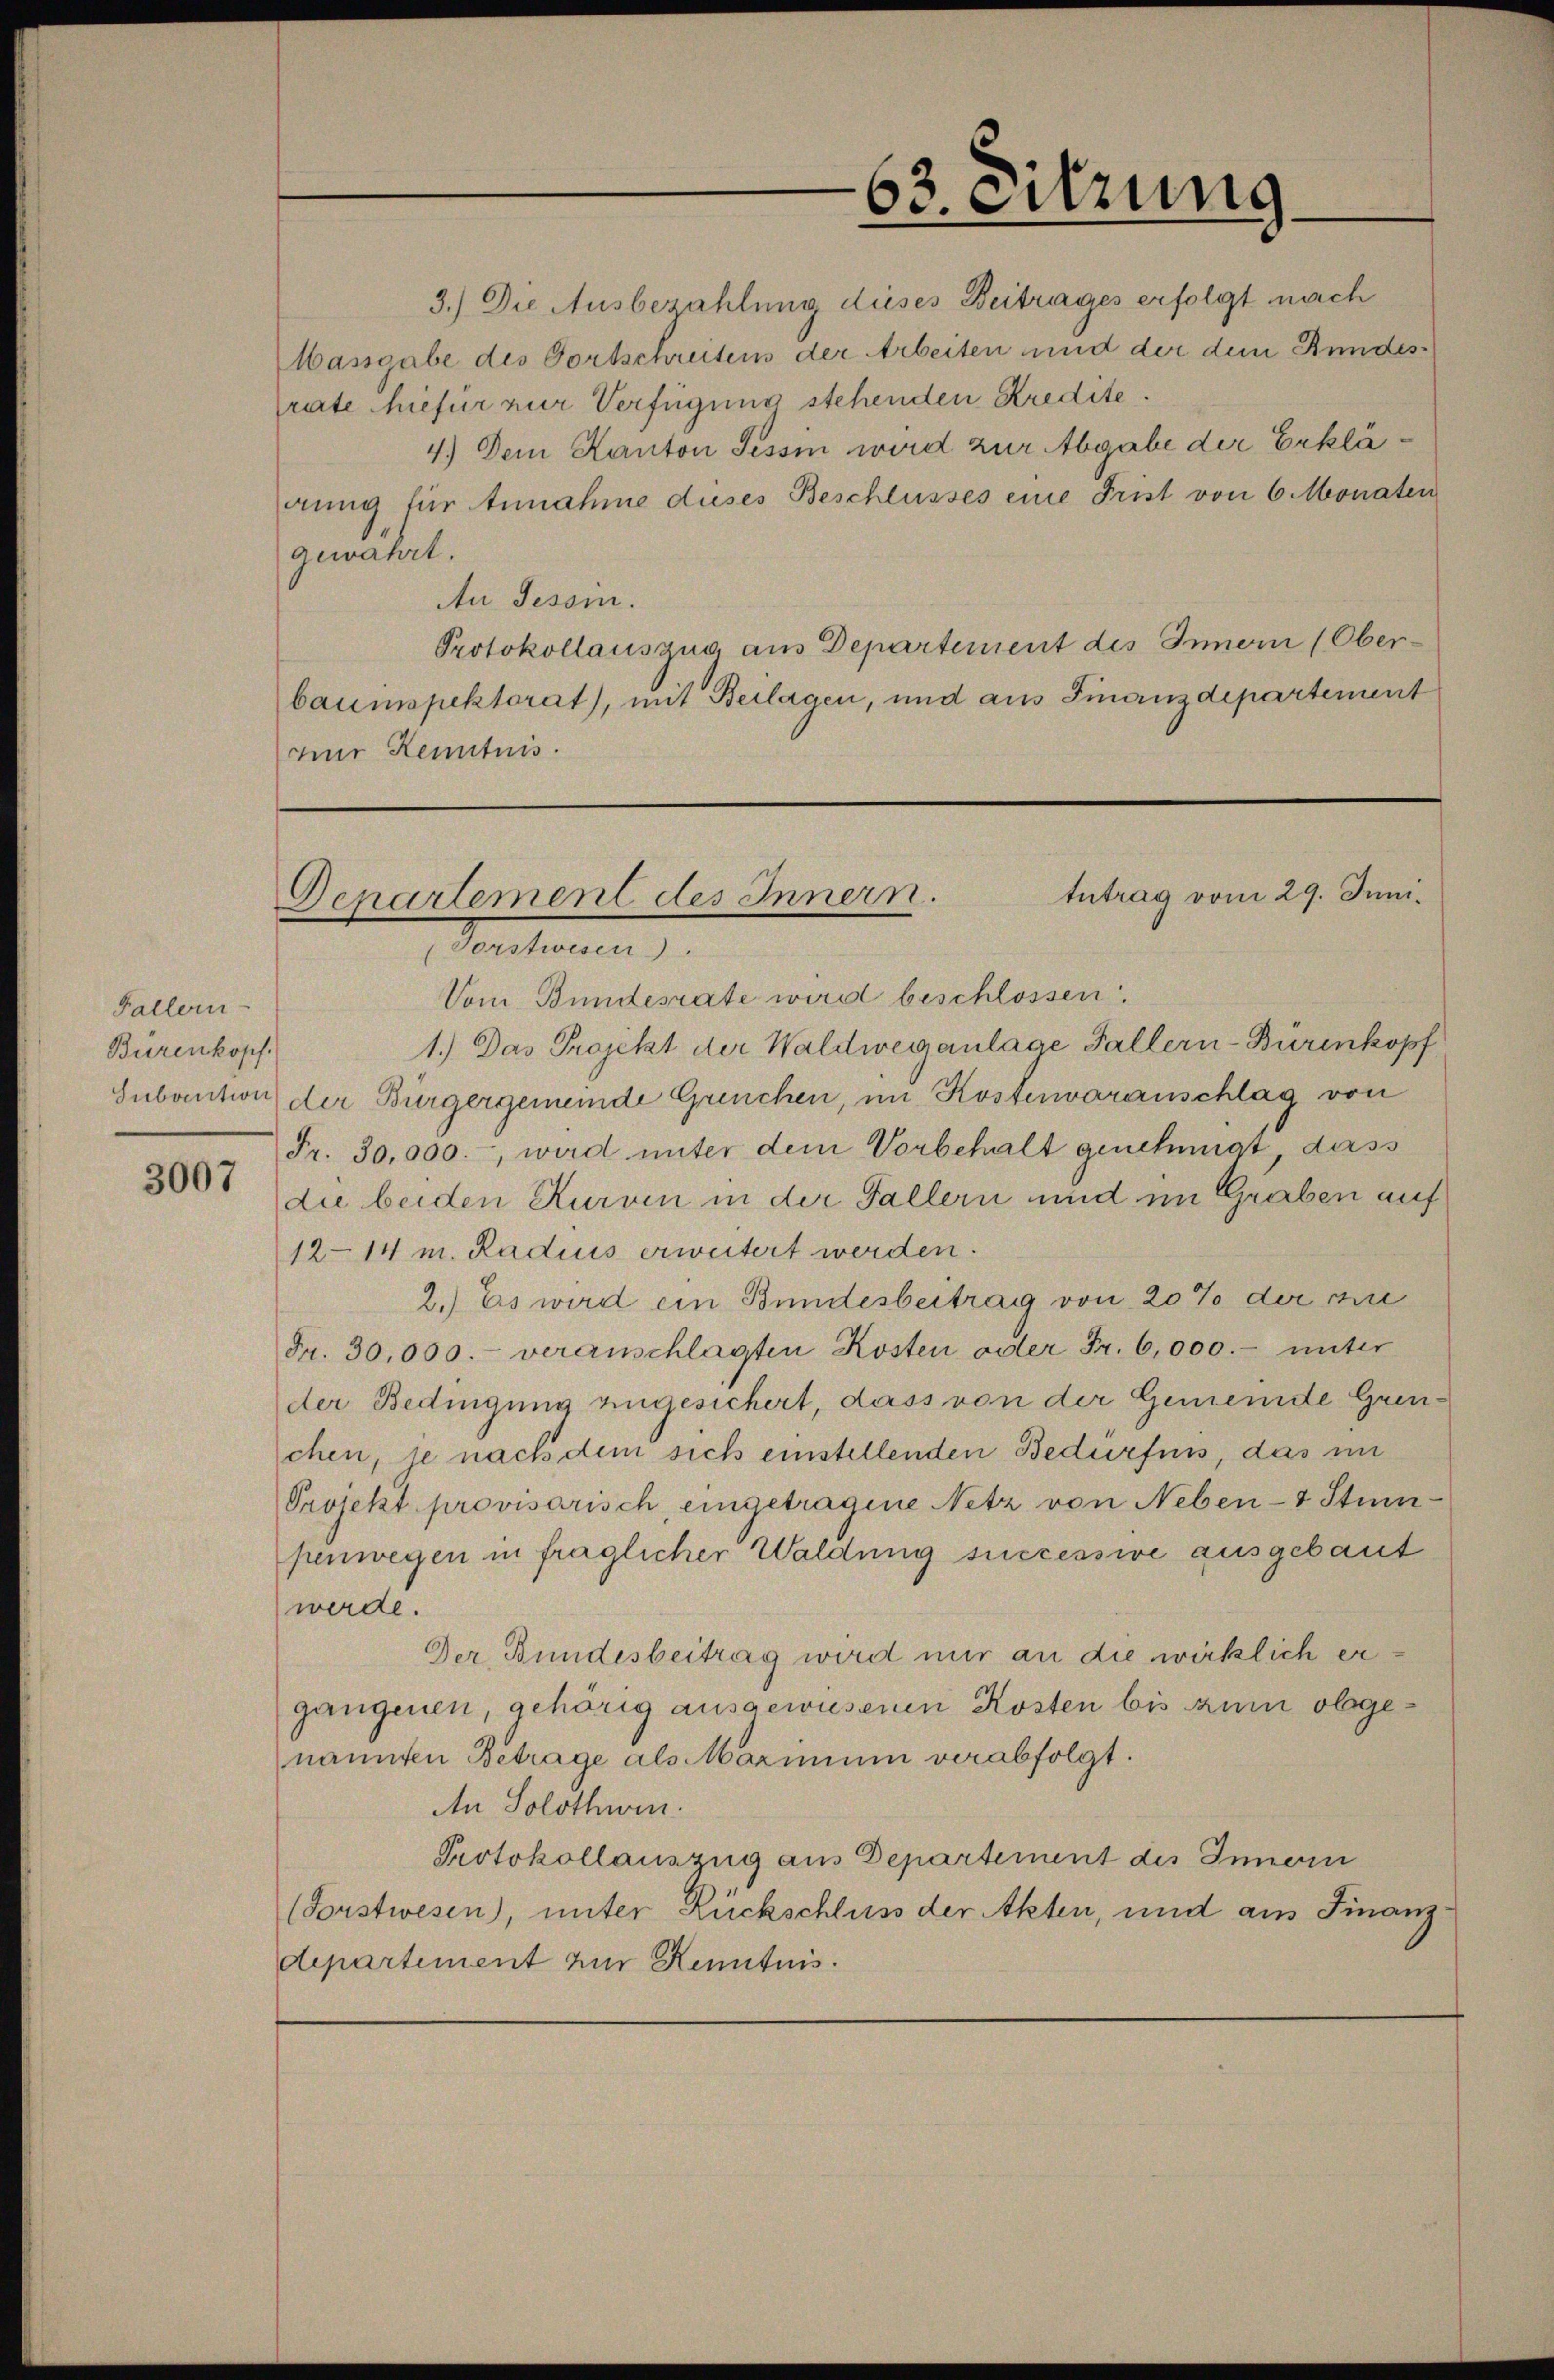
63. eitzung
3.) Die Ausbezahlung dieses Beitrages erfolgt nach

Massgabe des Fortschreitens der Arbeiten und der dem Bundesrute hiefür zur Verfügung stehenden Kredite.
4.) Dem Kanton Tessin wird zur Abgabe der Erklärung für Annahme duses Beschlusses eine Frist von 6 Monaten
gewährt.
An Tessin.
Protokollauszug aus Departement des Inner (Ober-
bauinspektorat), mit Beilagen, und aus Finanzdepartement
mur Kenntnis.

tntrag vom 29. Juni.
Departement des Innern.
Moellen

Vom Bundesrate wird beschlossen.
1.) Das Projekt der Waldweganlage Fallern-Bürenkopf
Subaution der Bürgergemeinde Grenchen, im Kostenvoranschlag von
Fr. 30,000.-, wird unter dem Vorbehalt genehmigt, dass
die beiden Kurven in der Fallern und im Graben auf
12–14 m. Radius erweitert werden.
2.) Es wird ein Bundesbeitrag von 20% der cire
Fr. 30,000.- veranschlagten Kosten oder Fr. 6,000.- unter
der Bedingung angesichert, dass von der Gemeinde Grenchen, je nach dem sich einstellenden Bedürfnis, das im
Projekt provisorisch, eingetragene Netz von Neben-4 Stimpenwegen in fraglicher Waldung successive ausgebaut
werde.
Der Bundesbeitrag wird nur an die wirklich ergangenen, gehörig ausgewiesenen Kosten bis zum obgenannten Betrage als Maximum verabfolgt.
An Solothwen
Protokollauszug aus Departement des Innoi
(Forstwesen), unter Rückschluss der Akten, und am Finanzdepartement zur Kenntnis.

Fallern
Bürenkopf.

3007